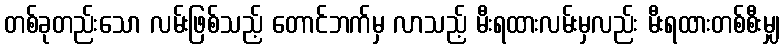
တစ်ခုတည်းသော လမ်းဖြစ်သည့် တောင်ဘက်မှ လာသည့် မီးရထားလမ်းမှလည်း မီးရထားတစ်စီးမျှ